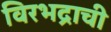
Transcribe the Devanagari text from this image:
विरभद्राची